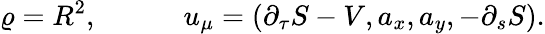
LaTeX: \varrho=R^{2},\qquad\quad u_{\mu}={\left(\partial_{\tau}S-V,a_{x},a_{y},-\partial_{s}S\right)}.